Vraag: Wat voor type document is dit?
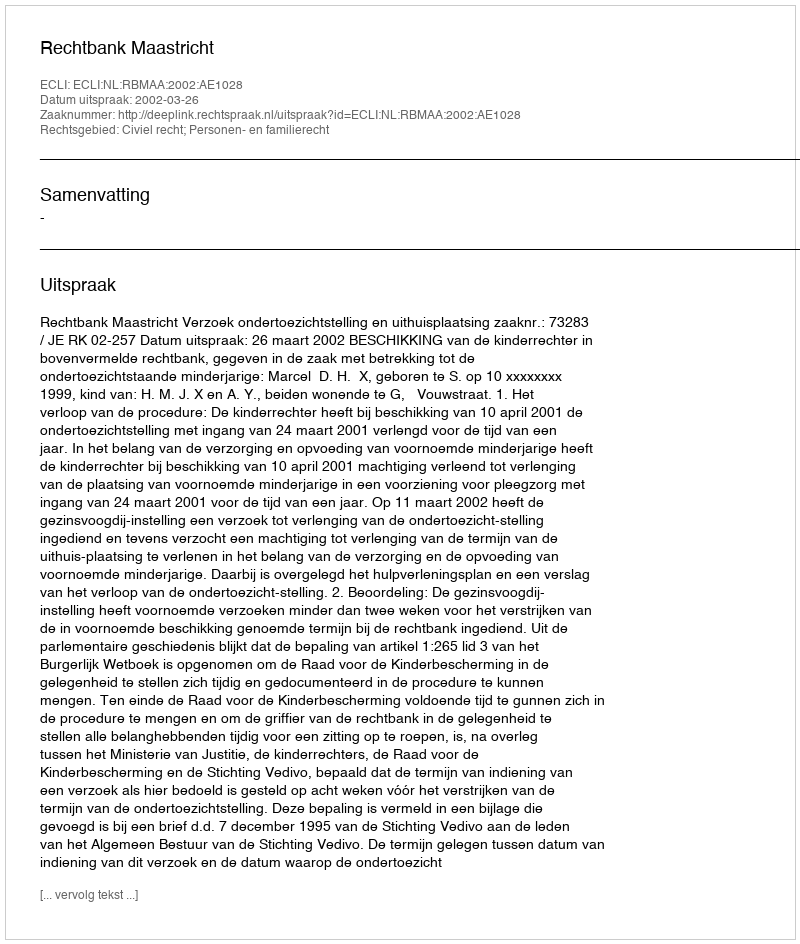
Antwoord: Uitspraak